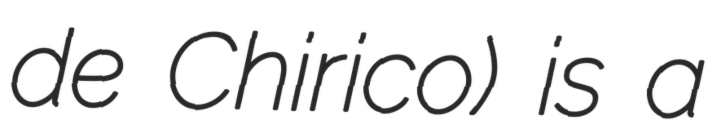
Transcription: de Chirico) is a